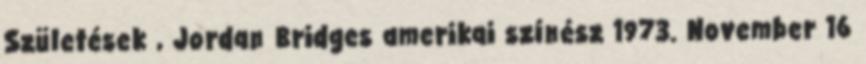
Születések , Jordan Bridges amerikai színész 1973. November 16